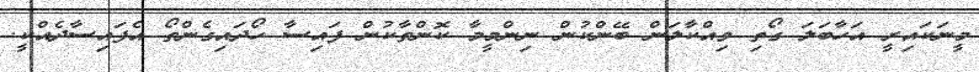
މީނަކައިރީ އަހާބަލަ ގޯތި ވިއްކާލަން ބޭންކުން ނިންމީމާ ކޮންތާކުން ފައިސާ ހޯދައިގެންތޯ އެފައިސާދެއްކީ.